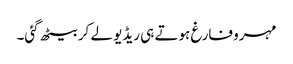
مہرو فارغ ہوتے ہی ریڈیو لے کر بیٹھ گئی۔